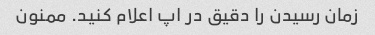
زمان رسیدن را دقیق در اپ اعلام کنید. ممنون